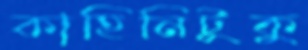
কাহিনিটুকু